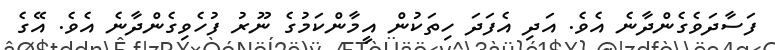
ފަސާދަވެގެންދާނެ އެވެ. އަދި އެފަދަ ހިތަކުން އީމާންކަމުގެ ނޫރު ފުހެވިގެންދާނެ އެވެ. އޭގެ